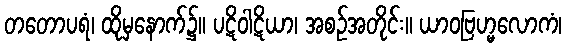
တတောပရံ၊ ထိုမှနောက်၌။ ပဋိဝါဋိယာ၊ အစဉ်အတိုင်း။ ယာဝဗြဟ္မလောကံ၊